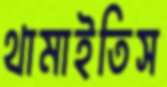
থামাইতিস